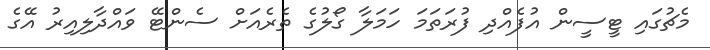
މެޗުގައި ޓީސީން އުފެއްދި ފުރަތަމަ ހަމަލާ ގޯލުގެ ތެރެއަށް ސެންޓޭ ވައްދާލިއިރު އޭގެ